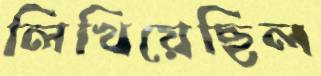
লিখিয়েছিল